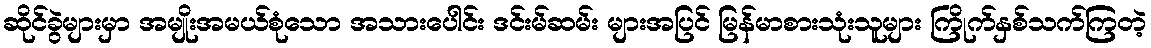
ဆိုင်ခွဲများမှာ အမျိုးအမယ်စုံသော အသားပေါင်း ဒင်းမ်ဆမ်း များအပြင် မြန်မာစားသုံးသူများ ကြိုက်နှစ်သက်ကြတဲ့